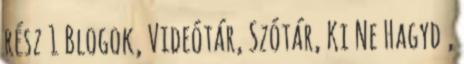
rész 1 Blogok, Videótár, Szótár, Ki Ne Hagyd ,